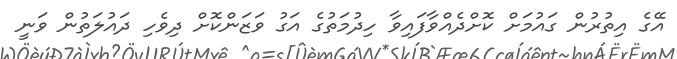
އޭގެ އިތުރުން ގައުމަށް ކޮށްދެއްވާފައިވާ ހިދުމަތުގެ އަގު ވަޒަންކޮށް ދިވެހި ދައުލަތުން ވަނީ